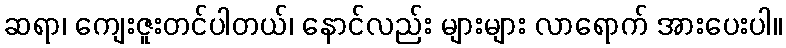
ဆရာ၊ ကျေးဇူးတင်ပါတယ်၊ နောင်လည်း များများ လာရောက် အားပေးပါ။